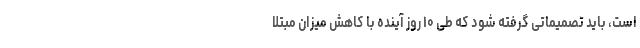
است، باید تصمیماتی گرفته شود که طی ۱۰ روز آینده با کاهش میزان مبتلا